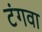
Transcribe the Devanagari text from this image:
टंगवा